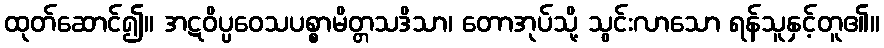
ထုတ်ဆောင်၍။ အဋဝိပ္ပဝေသပစ္စာမိတ္တသဒိသာ၊ တောအုပ်သို့ သွင်းလာသော ရန်သူနှင့်တူ၏။